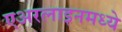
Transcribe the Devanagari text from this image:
एअरलाइनमध्ये